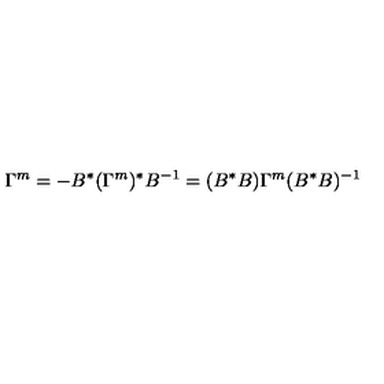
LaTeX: \Gamma ^ { m } = - B ^ { * } ( \Gamma ^ { m } ) ^ { * } B ^ { - 1 } = ( B ^ { * } B ) \Gamma ^ { m } ( B ^ { * } B ) ^ { - 1 }